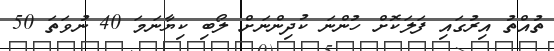
ތުއްތު އިރުގައި ފަލަކޮށް ހުންނަ ކުދިންނަށް ލޯބި ކިޔާނަމަ 40 ނުވަތަ 50